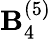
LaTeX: \mathbf{B}_{4}^{(5)}